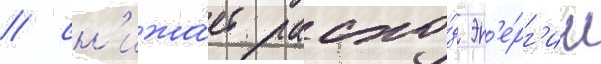
/ сн'ижа́ет расхо́д эн'е́рг'ии